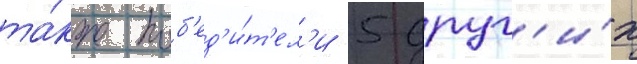
та́кже поб'ед'и́т'ел'и 5 друг'и́х